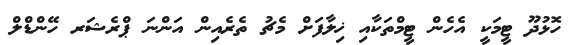
ހޮޅުދޫ ޓީމަކީ އެހެން ޓީމްތަކާއި ޚިލާފަށް މެޗު ތެރެއިން އަންނަ ޕްރެޝަރ ހޭންޑްލް